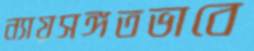
ন্যায়সঙ্গতভাবে